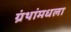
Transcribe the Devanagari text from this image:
ग्रंथांमधला